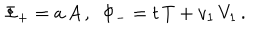
LaTeX: \Phi _ { + } = a \, A \, , \, \, \, \Phi _ { - } = t \, T + v _ { 1 } \, V _ { 1 } \, .